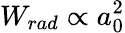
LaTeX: W_{rad}\propto a_{0}^{2}